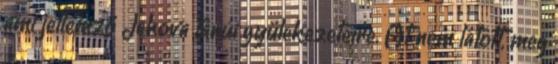
ami jellemző Jehova tanúi gyülekezeteire. Át nem látott, meg